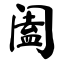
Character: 阖